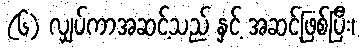
(၆) လျှပ်ကာအဆင့်သည် နှင့် အဆင့်ဖြစ်ပြီး၊